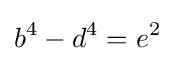
b^{4}-d^{4}=e^{2}